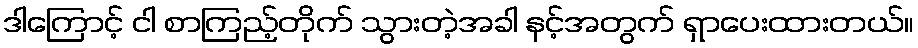
ဒါကြောင့် ငါ စာကြည့်တိုက် သွားတဲ့အခါ နင့်အတွက် ရှာပေးထားတယ်။